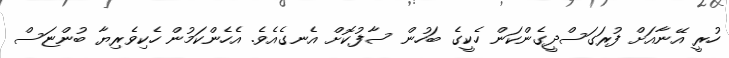
ހުރީ އޭނާއަށް ފުރަގަސްދީގެންކަން ހެކީގެ ބަހުން ސާފުކޮށް އެނގެއެވެ. އެހެންކަމުން ހެކިވެރިޔާ ބުންޏަސް